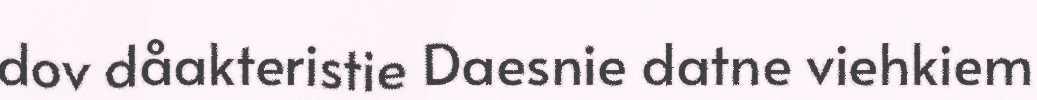
dov dåakteristie Daesnie datne viehkiem